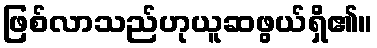
ဖြစ်လာသည်ဟုယူဆဖွယ်ရှိ၏။